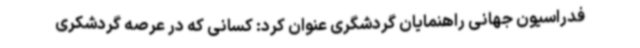
فدراسیون جهانی راهنمایان گردشگری عنوان کرد: کسانی که در عرصه گردشکری